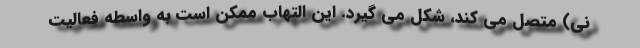
نی) متصل می کند، شکل می گیرد. این التهاب ممکن است به واسطه فعالیت